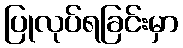
ပြုလုပ်ရခြင်းမှာ